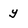
Character: Y